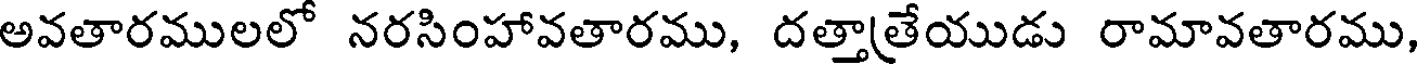
అవతారములలో నరసింహావతారము, దత్తాత్రేయుడు రామావతారము,